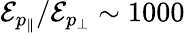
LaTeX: \mathcal{E}_{p_{\| }}/\mathcal{E}_{p_{\perp}}\sim 1000